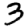
Digit: 3